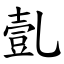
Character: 亄